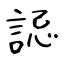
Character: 誋